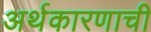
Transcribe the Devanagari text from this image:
अर्थकारणाची